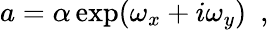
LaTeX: a=\alpha\exp(\omega_{x}+i\omega_{y})~~,